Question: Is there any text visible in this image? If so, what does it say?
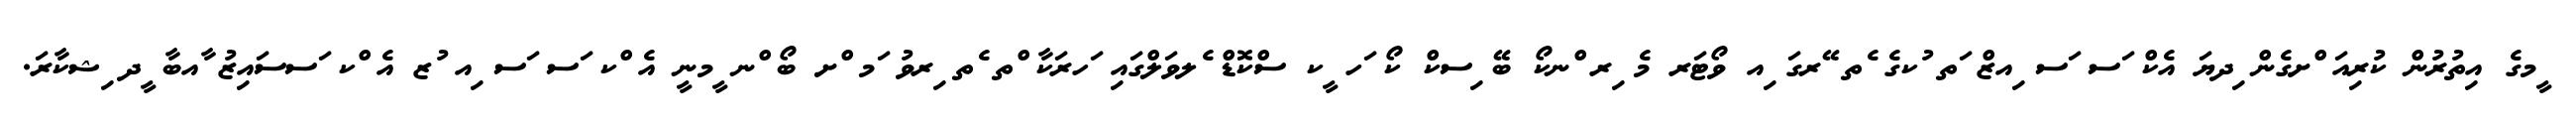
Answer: ީމގެ އިތުރުން ކުރިއަ ްށގެން ިދޔަ އެކް ަސ ަސ ިއޒް ަތ ުކގެ ެތ ޭރގަ ިއ ވޯޓަރ މެ ިރ ްނކޯ ބޭ ިސކް ކޯ ަހ ީކ ސްކޮޑް ެލވަލްގައި ަހރަކާ ްތ ެތ ިރވު ަމ ްށ ބޯ ްނ ީމނީ އެ ްކ ަސ ަސ ިއ ުޒ އެ ްކ ަސސައިޒު ާއބާ ީދ ިޝކާރަ.